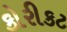
કોરીકટ